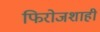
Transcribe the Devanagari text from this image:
फिरोजशाही